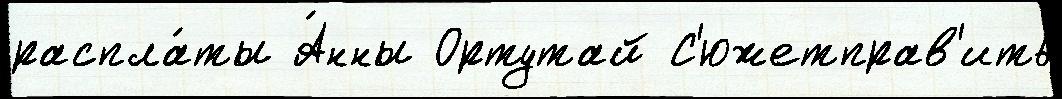
распла́ты А́нны Ортутай С'южетправ'ить